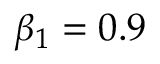
\beta _ { 1 } = 0 . 9